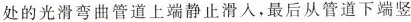
处的光滑弯曲管道上端静止滑人，最后从管道下端竖